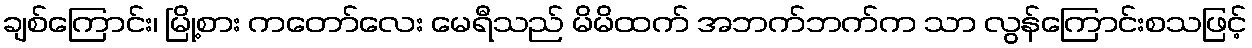
ချစ်ကြောင်း၊ မြို့စား ကတော်လေး မေရီသည် မိမိထက် အဘက်ဘက်က သာ လွန်ကြောင်းစသဖြင့်